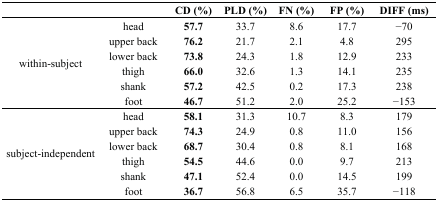
<table><thead><tr><td></td><td></td><td><b>CD (%)</b></td><td><b>PLD (%)</b></td><td><b>FN (%)</b></td><td><b>FP (%)</b></td><td><b>DIFF (ms)</b></td></tr></thead><tbody><tr><td rowspan="6">within-subject</td><td>head</td><td><b>57.7</b></td><td>33.7</td><td>8.6</td><td>17.7</td><td>−70</td></tr><tr><td>upper back</td><td><b>76.2</b></td><td>21.7</td><td>2.1</td><td>4.8</td><td>295</td></tr><tr><td>lower back</td><td><b>73.8</b></td><td>24.3</td><td>1.8</td><td>12.9</td><td>233</td></tr><tr><td>thigh</td><td><b>66.0</b></td><td>32.6</td><td>1.3</td><td>14.1</td><td>235</td></tr><tr><td>shank</td><td><b>57.2</b></td><td>42.5</td><td>0.2</td><td>17.3</td><td>238</td></tr><tr><td>foot</td><td><b>46.7</b></td><td>51.2</td><td>2.0</td><td>25.2</td><td>−153</td></tr><tr><td rowspan="6">subject-independent</td><td>head</td><td><b>58.1</b></td><td>31.3</td><td>10.7</td><td>8.3</td><td>179</td></tr><tr><td>upper back</td><td><b>74.3</b></td><td>24.9</td><td>0.8</td><td>11.0</td><td>156</td></tr><tr><td>lower back</td><td><b>68.7</b></td><td>30.4</td><td>0.8</td><td>8.1</td><td>168</td></tr><tr><td>thigh</td><td><b>54.5</b></td><td>44.6</td><td>0.0</td><td>9.7</td><td>213</td></tr><tr><td>shank</td><td><b>47.1</b></td><td>52.4</td><td>0.0</td><td>14.5</td><td>199</td></tr><tr><td>foot</td><td><b>36.7</b></td><td>56.8</td><td>6.5</td><td>35.7</td><td>−118</td></tr></tbody></table>